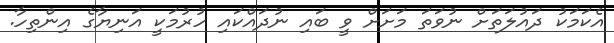
އެކަމަކު ދައުލަތަށް ނުވަތަ މަށަށް ވީ ބައި ނުދައްކައި ހުރުމަކީ އަނިޔާގެ އިންތިހާ.